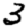
Digit: 3